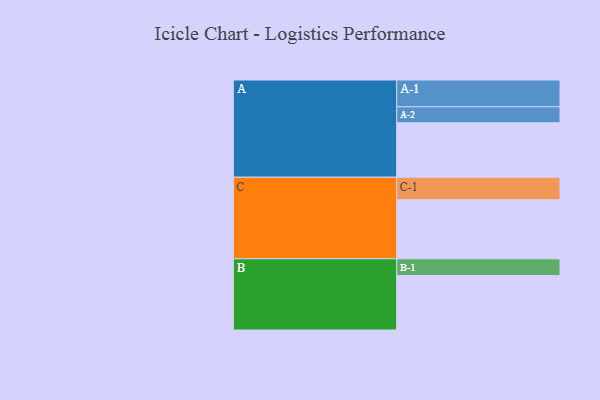
{"axis": {"x": "Segment", "y": "Value"}, "legend": ["", "A", "B", "C"], "data": [{"x": "A", "y": 499, "type": ""}, {"x": "B", "y": 498, "type": ""}, {"x": "C", "y": 540, "type": ""}, {"x": "A-1", "y": 245, "type": "A"}, {"x": "A-2", "y": 146, "type": "A"}, {"x": "B-1", "y": 154, "type": "B"}, {"x": "C-1", "y": 206, "type": "C"}]}